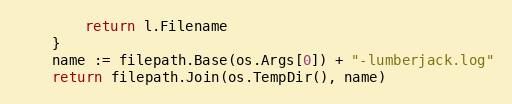
Language: Go
		return l.Filename
	}
	name := filepath.Base(os.Args[0]) + "-lumberjack.log"
	return filepath.Join(os.TempDir(), name)